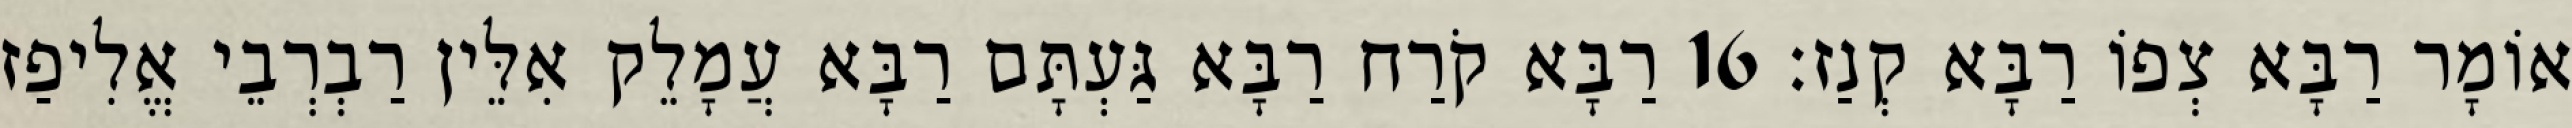
אוֹמָר רַבָּא צְפוֹ רַבָּא קְנַז׃ 16 רַבָּא קֹרַח רַבָּא גַּעְתָּם רַבָּא עֲמָלֵק אִלֵּין רַבְרְבֵי אֱלִיפַז